Civil Veterinary Department Bihar reports 1936-40 - 1936-1940
Year: 1936
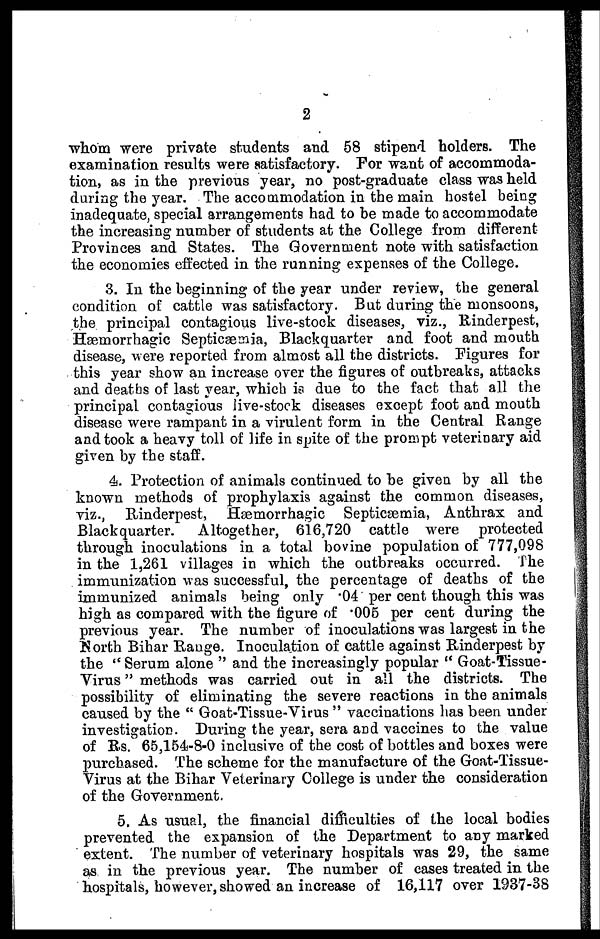
2
whom were private students and 58 stipend holders. The
examination results were satisfactory. For want of accommoda-
tion, as in the previous year, no post-graduate class was held
during the year. The accommodation in the main hostel being
inadequate, special arrangements had to be made to accommodate
the increasing number of students at the College from different
Provinces and States. The Government note with satisfaction
the economies effected in the running expenses of the College.
3. In the beginning of the year under review, the general
condition of cattle was satisfactory. But during the monsoons,
the principal contagious live-stock diseases, viz., Rinderpest,
Hæmorrhagic Septicæmia, Blackquarter and foot and mouth
disease, were reported from almost all the districts. Figures for
this year show an increase over the figures of outbreaks, attacks
and deaths of last year, which is due to the fact that all the
principal contagious live-stock diseases except foot and mouth
disease were rampant in a virulent form in the Central Range
and took a heavy toll of life in spite of the prompt veterinary aid
given by the staff.
4. Protection of animals continued to he given by all the
known methods of prophylaxis against the common diseases,
viz., Rinderpest, Hæmorrhagic Septicæmia, Anthrax and
Blackquarter.
Altogether, 616,720 cattle were protected
through inoculations in a total bovine population of 777,098
in the 1,261 villages in which the outbreaks occurred. The
immunization was successful, the percentage of deaths of the
immunized animals being only 04 per cent though this was
high as compared with the figure of 005 per cent during the
previous year. The number of inoculations was largest in the
North Bihar Range. Inoculation of cattle against Rinderpest by
the " Serum alone " and the increasingly popular " Goat-Tissue-
Virus " methods was carried out in all the districts. The
possibility of eliminating the severe reactions in the animals
caused by the " Goat-Tissue-Virus " vaccinations has been under
investigation. During the year, sera and vaccines to the value
of Rs. 65,154-8-0 inclusive of the cost of bottles and boxes were
purchased. The scheme for the manufacture of the Goat-Tissue-
Virus at the Bihar Veterinary College is under the consideration
of the Government.
5. As usual, the financial difficulties of the local bodies
prevented the expansion of the Department to any marked
extent. The number of veterinary hospitals was 29, the same
as in the previous year. The number of cases treated in the
hospitals, however, showed an increase of 16,117 over 1937-38